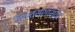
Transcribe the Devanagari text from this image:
चिक्त्सशास्त्र